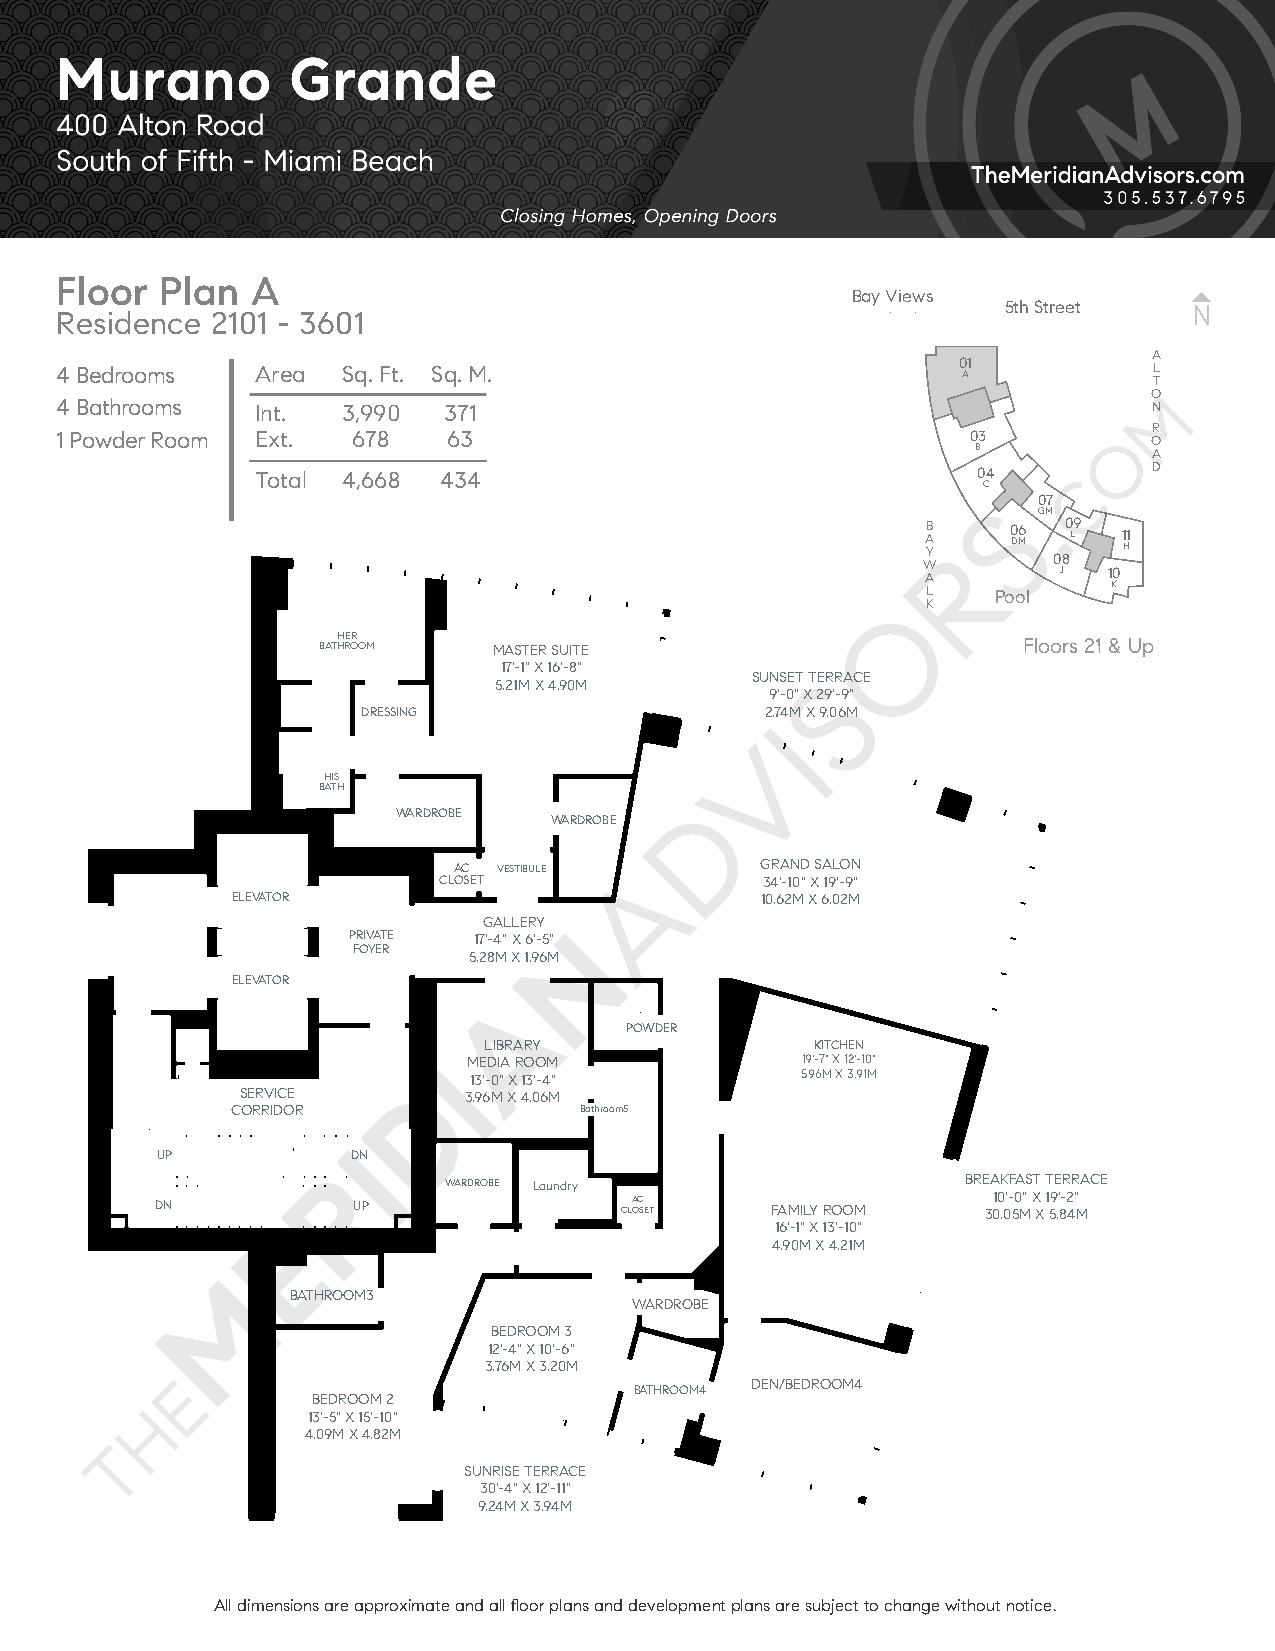
Floor  Plan  A
 Bay Views
 5th Street
 Residence 2101 - 3601
 A
 4 Bedrooms   Area  Sq. Ft. Sq. M.                          0 A1         L
 T
 O
 4 Bathrooms  Int.  3,990 371                                            N
 R
 1 Powder Room Ext. 678    63                                03          O
 B          A
 D
 Total 4,668 434                                 04
 C
 07
 GM
 B A
 Y
 0 DM6 0 L9 1 H1
 W        08
 A        J  10
 L            K
 Pool
 K
 BATHH RE OR OM MASTER SUITE                    Floors 21 & Up
 17'-1" X 16'-8"
 SUNSET TERRACE
 5.21M X 4.90M
 9'-0" X 29'-9"
 DRESSING                   2.74M X 9.06M
 HIS
 BATH
 WARDROBE
 WARDROBE
 AC VESTIBULE        GRAND SALON
 CLOSET                34'-10" X 19'-9"
 ELEVATOR                           10.62M X 6.02M
 GALLERY
 PRIVATE 17'-4" X 6'-5"
 FOYER
 5.28M X 1.96M
 ELEVATOR
 POWDER
 LIBRARY               KITCHEN
 MEDIA ROOM            19'-7" X 12'-10"
 13'-0" X 13'-4"       5.96M X 3.91M
 SERVICE        3.96M X 4.06M
 CORRIDOR               Bathroom5
 UP           DN
 WARDROBE Laundry                   BREAKFAST TERRACE
 DN           UP                CLA OC SET FAMILY ROOM  3010 .0'- 50 M" X X 1 59 .' 8-2 4" M
 16'-1" X 13'-10"
 4.90M X 4.21M
 BATHROOM3
 WARDROBE
 BEDROOM 3
 12'-4" X 10'-6"
 3.76M X 3.20M
 DEN/BEDROOM4
 BATHROOM4
 BEDROOM 2
 13'-5" X 15'-10"
 4.09M X 4.82M
 SUNRISE TERRACE
 30'-4" X 12'-11"
 9.24M X 3.94M
 All dimensions are approximate and all floor plans and development plans are subject to change without notice.